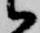
候